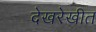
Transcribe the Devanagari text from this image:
देखरेखीत